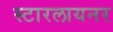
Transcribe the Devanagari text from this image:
स्टारलायनर